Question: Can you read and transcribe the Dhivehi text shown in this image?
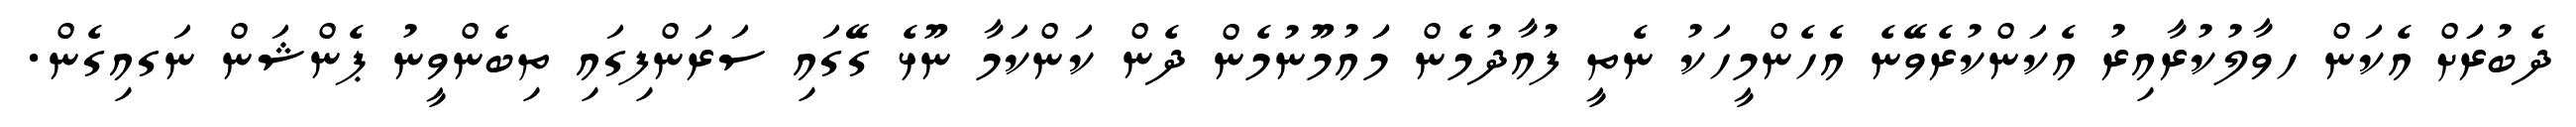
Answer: ދެބުރަަަށް އެކަން ހވާލުކުރާއިރު އެކަންކުރެވޭނެ އެހެންމީހަކު ނެތީ ފުއާދުމެން މަައުމޫނުމެން ދެން ކަންކަމާ ނޫޅެ ގޭގައި ސަރަންފިގައި ތިބެންވީނު ޕެންޝަން ނަގއިގެން.